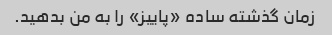
زمان گذشته ساده «پاییز» را به من بدهید.